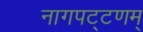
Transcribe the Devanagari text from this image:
नागपट्टणम्